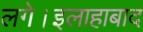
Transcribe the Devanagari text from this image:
लगे।इलाहाबाद